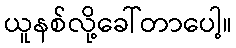
ယူနစ်လို့ခေါ်တာပေါ့။